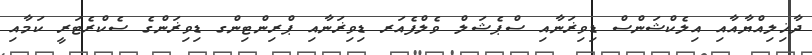
ދާޚިލިއްޔާއާއި އިލެކްޝަންސް ޑިވިޜަނާއި ސްޕެޝަލް ވެލްފެއަރ ޑިވިޜަނާއި ޕްރިންޓިންގ ޑިވިޜަންގެ ސެކްރެޓަރީ ކަމާއި